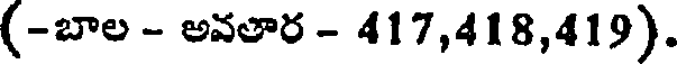
(-బాల - అవతార - 417,418,419).